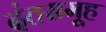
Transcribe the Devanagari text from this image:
दंतसमूह